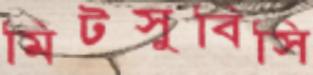
মিটসুবিসি